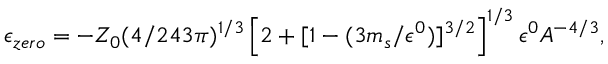
\epsilon _ { z e r o } = - Z _ { 0 } ( 4 / 2 4 3 \pi ) ^ { 1 / 3 } \left[ 2 + [ 1 - ( 3 m _ { s } / \epsilon ^ { 0 } ) ] ^ { 3 / 2 } \right] ^ { 1 / 3 } \epsilon ^ { 0 } A ^ { - 4 / 3 } ,